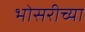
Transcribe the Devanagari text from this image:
भोसरीच्या